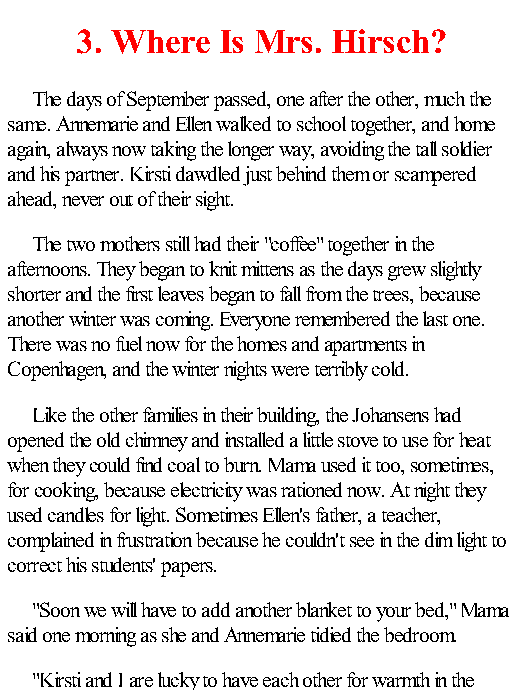
3. Where Is Mrs. Hirsch?
 The days of September passed, one after the other, much the
 same. Annemarie and Ellen walked to school together, and home
 again, always now taking the longer way, avoiding the tall soldier
 and his partner. Kirsti dawdled just behind them or scampered
 ahead, never out of their sight.
 The two mothers still had their "coffee" together in the
 afternoons. They began to knit mittens as the days grew slightly
 shorter and the first leaves began to fall from the trees, because
 another winter was coming. Everyone remembered the last one.
 There was no fuel now for the homes and apartments in
 Copenhagen, and the winter nights were terribly cold.
 Like the other families in their building, the Johansens had
 opened the old chimney and installed a little stove to use for heat
 when they could find coal to burn. Mama used it too, sometimes,
 for cooking, because electricity was rationed now. At night they
 used candles for light. Sometimes Ellen's father, a teacher,
 complained in frustration because he couldn't see in the dim light to
 correct his students' papers.
 "Soon we will have to add another blanket to your bed," Mama
 said one morning as she and Annemarie tidied the bedroom.
 "Kirsti and I are lucky to have each other for warmth in the